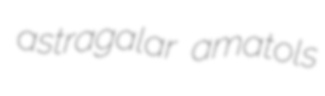
astragalar amatols